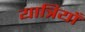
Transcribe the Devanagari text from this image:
यात्रियाँ